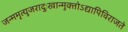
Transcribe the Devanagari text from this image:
जन्ममृत्युजरादुःखान्मुक्‍तोऽद्यापिविराजते